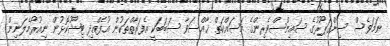
ނަމަވެސް ސިންގަޕޫރުގެ ސައިންސްވެރިންގެ މަސައްކަތް ޚާއްސަވާ ސަބަބަކީ އެފަރާތްތަކުން އުފެއްދި ޓިޝޫކޮޅުން ނިއުރޯމެލަނިން